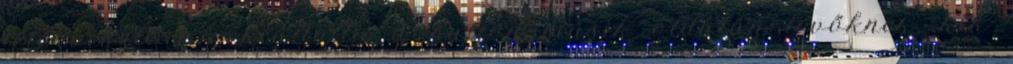
lélekvesztőre - kiáltotta a ballon másik oldalán lévőknek, kik